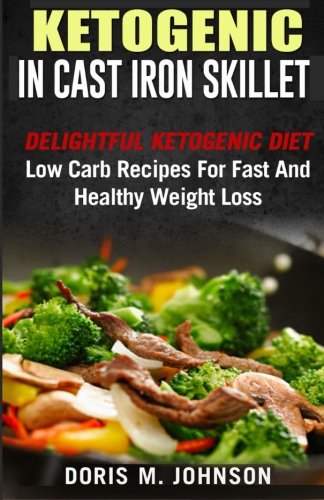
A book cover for Ketogenic in Cast Iron Skillet: Delightful Ketogenic Diet Low Carb Recipes For Fast And Healthy Weight Loss; Doris M. Johnson; Cookbooks, Food & Wine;